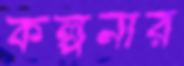
কল্পনার